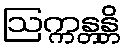
ဩက္ကန္တန္တိ